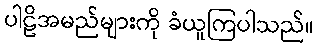
ပါဠိအမည်များကို ခံယူကြပါသည်။